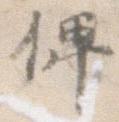
俾